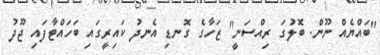
"ބައްޔެއް ނޫން. ބޮލުގަ ރިއްސަނީ" ޒަހާގެ ގޮނޑި އެނދު ކައިރީގައި ބަހައްޓާފައި ޖޫދު